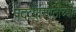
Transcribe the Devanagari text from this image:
पदव्यांसाठीच्या